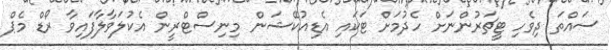
ސައްތަ ދިވެހި ޓީޗަރުންނަށް ހެދުމަށް ޓަކައި އެޑިއުކޭޝަން މިނިސްޓްރީން އެކުލަވާލާފައިވާ ރޯޑް މެޕް